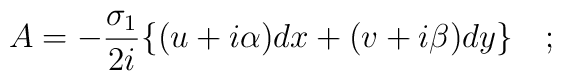
A=-\frac{\sigma_{1}}{2i}\{(u+i\alpha)dx+(v+i\beta)dy\}\quad;